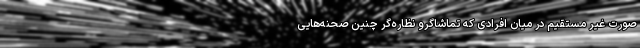
صورت غیر مستقیم در میان افرادی که تماشاگرو نظاره‌گر چنین صحنه‌هایی